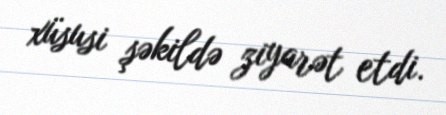
xüsusi şəkildə ziyarət etdi.